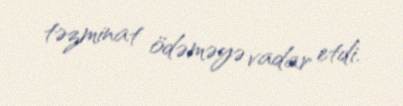
təzminat ödəməyə vadar etdi.